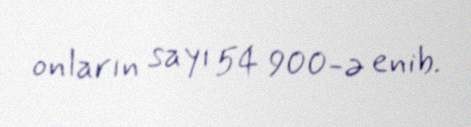
onların sayı 54 900-ə enib.